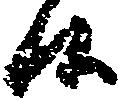
候